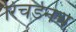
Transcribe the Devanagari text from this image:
रिचर्डनेच